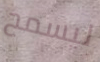
ليسمح